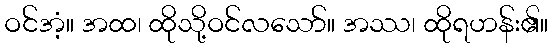
ဝင်အံ့။ အထ၊ ထိုသို့ဝင်လသော်။ အဿ၊ ထိုရဟန်း၏။